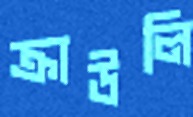
ক্রাউলি